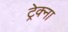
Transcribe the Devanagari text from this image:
ट्रेक्ना